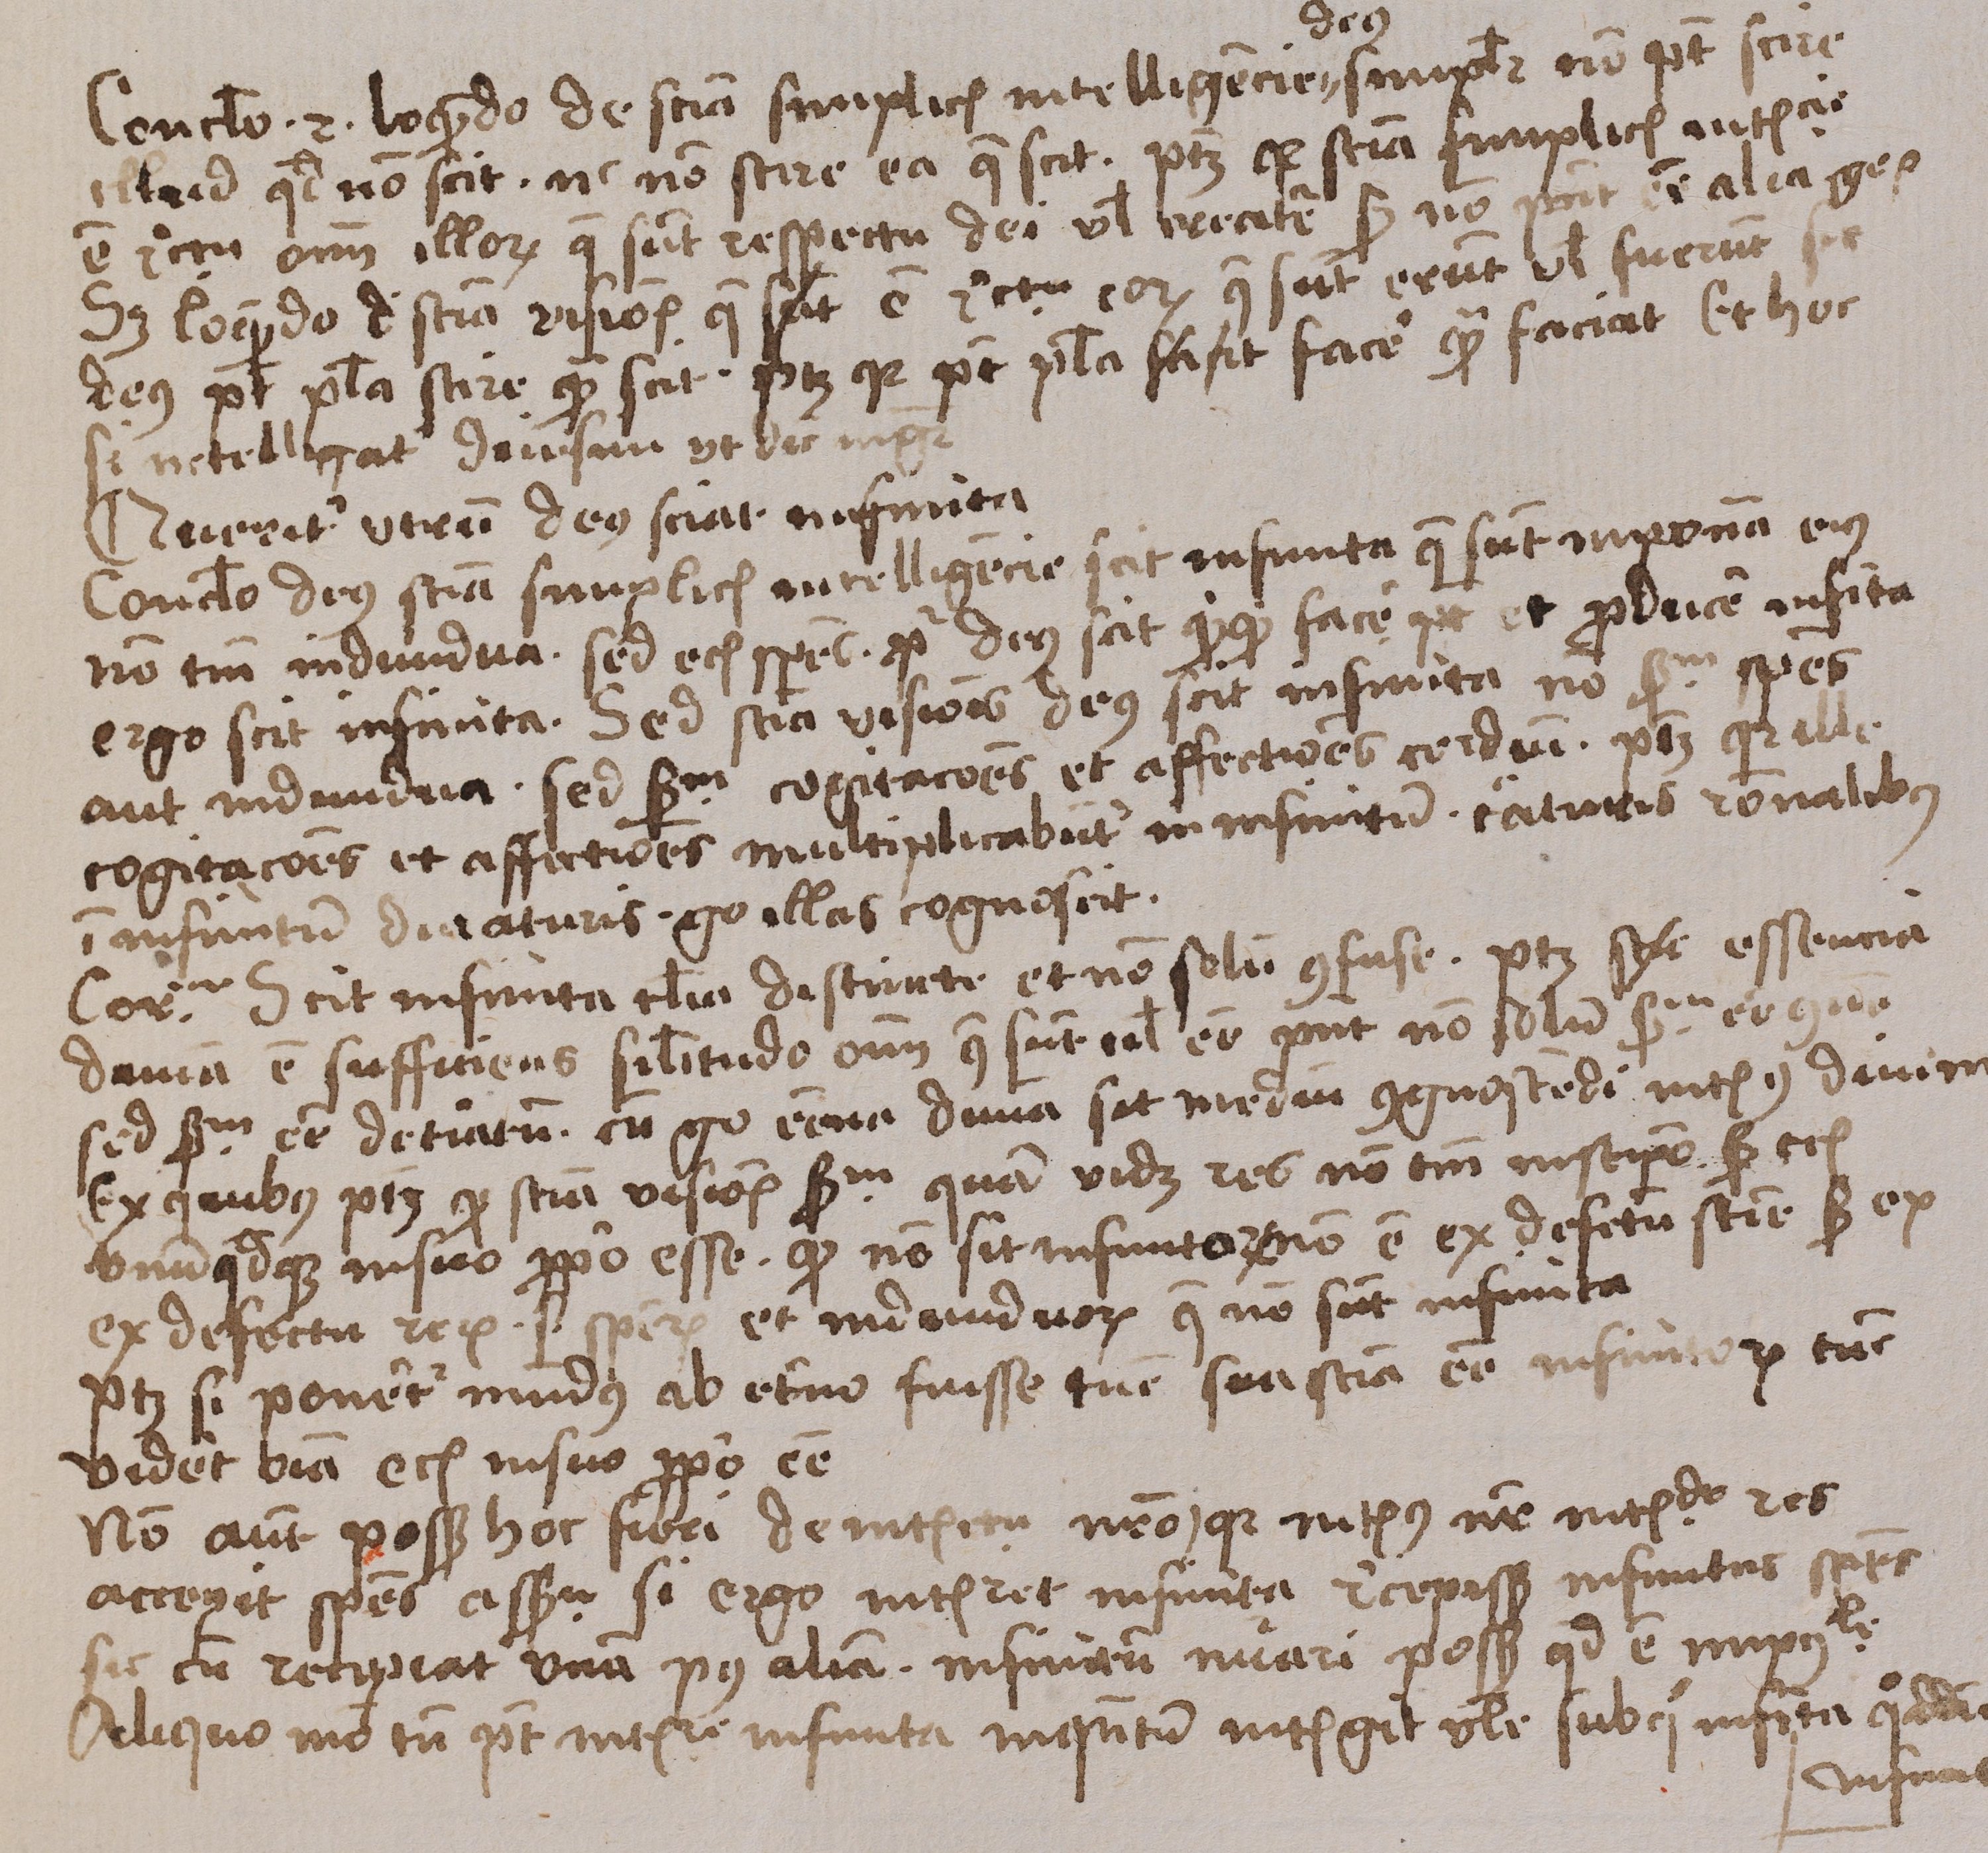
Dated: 1488–1488